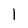
Character: l